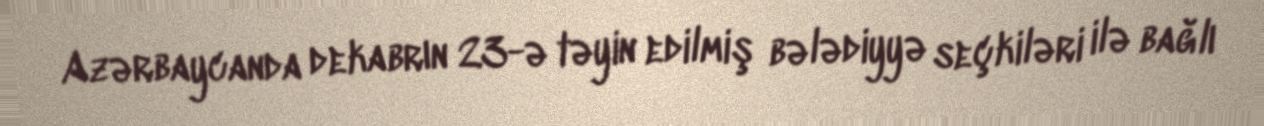
Azərbaycanda dekabrın 23-ə təyin edilmiş bələdiyyə seçkiləri ilə bağlı